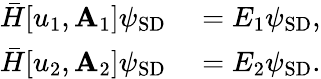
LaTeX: \begin{array}{rl}{\bar{H}[u_{1},\mathbf{A}_{1}]\psi_{\mathrm{SD}}}&{{}=E_{1}\psi_{\mathrm{SD}},}\\ {\bar{H}[u_{2},\mathbf{A}_{2}]\psi_{\mathrm{SD}}}&{{}=E_{2}\psi_{\mathrm{SD}}.}\end{array}